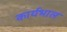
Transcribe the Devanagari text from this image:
कार्यभाल